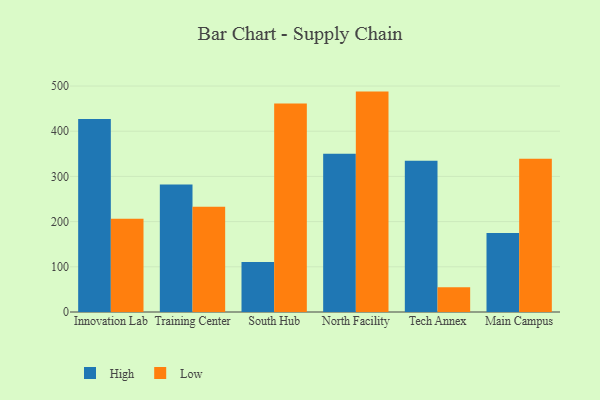
{"axis": {"x": "Campus", "y": "Population (Million)"}, "legend": ["High", "Low"], "data": [{"x": "Innovation Lab", "y": 427.0, "type": "High"}, {"x": "Innovation Lab", "y": 206.4, "type": "Low"}, {"x": "Training Center", "y": 281.9, "type": "High"}, {"x": "Training Center", "y": 233.0, "type": "Low"}, {"x": "South Hub", "y": 110.5, "type": "High"}, {"x": "South Hub", "y": 461.5, "type": "Low"}, {"x": "North Facility", "y": 350.4, "type": "High"}, {"x": "North Facility", "y": 487.7, "type": "Low"}, {"x": "Tech Annex", "y": 334.5, "type": "High"}, {"x": "Tech Annex", "y": 55.0, "type": "Low"}, {"x": "Main Campus", "y": 174.7, "type": "High"}, {"x": "Main Campus", "y": 339.0, "type": "Low"}]}